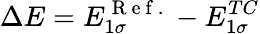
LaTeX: \Delta E=E_{1\sigma}^{\mathrm{~R~e~f~.~}}-E_{1\sigma}^{TC}